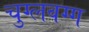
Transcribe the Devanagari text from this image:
चुग्लवग्ग